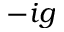
- i g